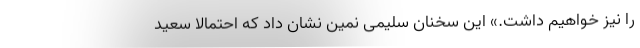
را نیز خواهیم داشت.» این سخنان سلیمی نمین نشان داد که احتمالا سعید